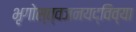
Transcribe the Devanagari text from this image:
भृगोस्त्वजनयद्विव्या